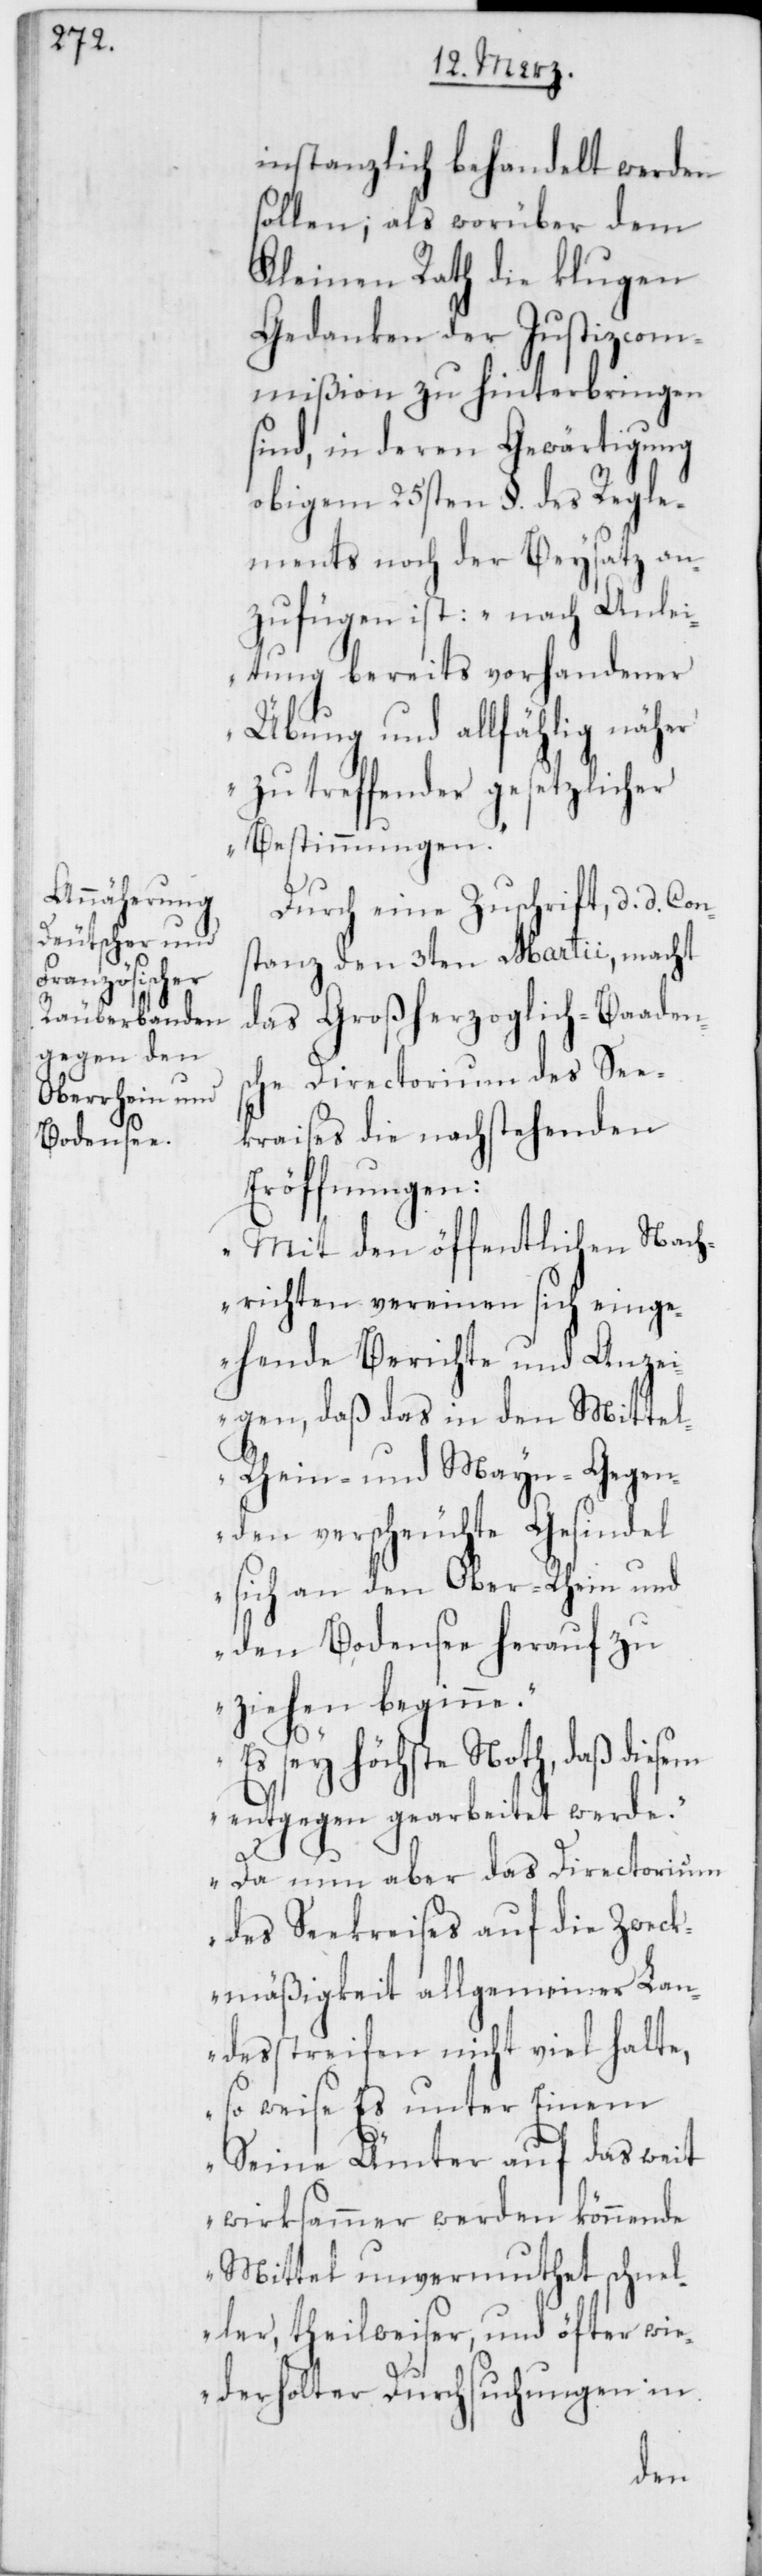
instanzlich behandelt werden
sollen; als worüber dem
Kleinen Rath die klugen
Gedanken der Justizcom¬
mißion zu hinterbringen
sind, in deren Gewärtigung
obigem 25sten §. des Regle¬
ments noch der Beysatz an¬
zufügen ist: „nach Anlei¬
tung bereits vorhandender
Übung und allfählig näher
zu treffender gesetzlicher
Bestimmungen.“
Durch eine Zuschrift, d. d. Cons¬
tanz den 3ten Martii, macht
das Großherzoglich-Baaden¬
sche Directorium des See¬
kraises die nachstehenden
Eröffnungen:
„Mit den öffentlichen Nach¬
richten vereinen sich eing¬
ehende Berichte und Anzei¬
gen, daß das in den Mittel-
Rhein- und Mayn-Gegen¬
den verscheuchte Gesindel
sich an den Ober-Rhein und
den Bodensee herauf zu
ziehen beginne.
Es sey Höchste Noth, daß diesem
entgegen gearbeitet werde.
Da nun aber das Directorium
des Seekreises auf die Zweck¬
mäßigkeit allgemeiner Lan¬
desstreifen nicht viel halte,
so weise Es unter Einem
[sic!] Ämter auf das weit
wirksammer werden könnende
Mittel unvermuthet schnel¬
ler, theilweiser, und öfter wi¬
ederholter Durchsuchungen in